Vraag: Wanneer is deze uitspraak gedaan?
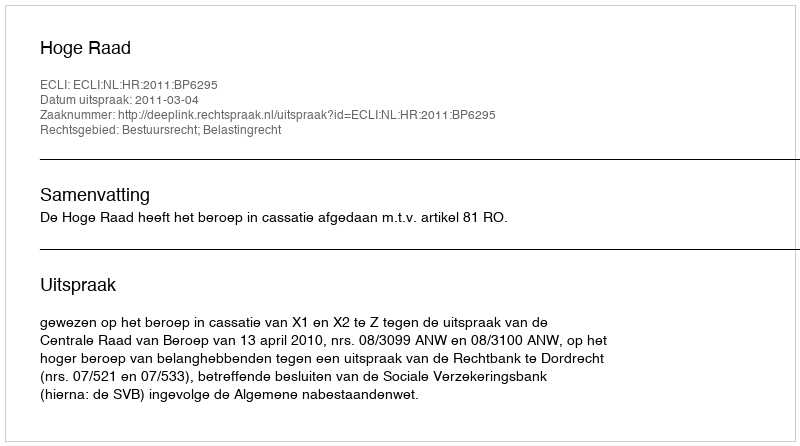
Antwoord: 2011-03-04